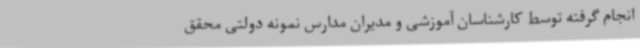
انجام گرفته توسط کارشناسان آموزشی و مدیران مدارس نمونه دولتی محقق